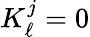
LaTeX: K_{\ell}^{j}=0